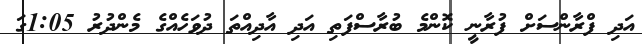
އަދި ފްރާންސަށް ފުރާނީ ކޮންމެ ބުރާސްފަތި އަދި އާދިއްތަ ދުވަހެއްގެ މެންދުރު 1:05ގަ